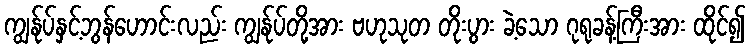
ကျွန်ုပ်နှင့်ဘွန်ဟောင်းလည်း ကျွန်ုပ်တို့အား ဗဟုသုတ တိုးပွား ခဲ့သော ဂုရုခန့်ကြီးအား ထိုင်၍